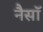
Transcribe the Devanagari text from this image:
नैसॉ